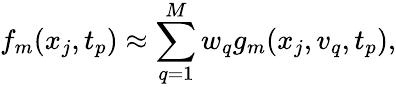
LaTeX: f_{m}(x_{j},t_{p})\approx\sum_{q=1}^{M}w_{q}g_{m}(x_{j},v_{q},t_{p}),